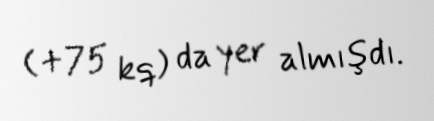
(+75 kq) da yer almışdı.